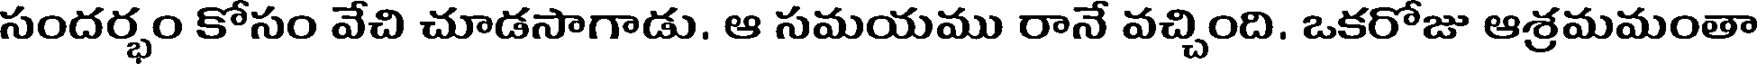
సందర్భం కోసం వేచి చూడసాగాడు. ఆ సమయము రానే వచ్చింది. ఒకరోజు ఆశ్రమమంతా